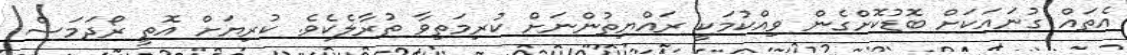
އެތައް ގުނައަކަށް ބޮޑުކޮށްގެން ވިއްކުމަކީ ރައްޔިތުންނަށް ކުރިމަތިވާ ތުރާލެކެވެ. ކުރިޔަށް އޮތީ ރޯދަމަސް